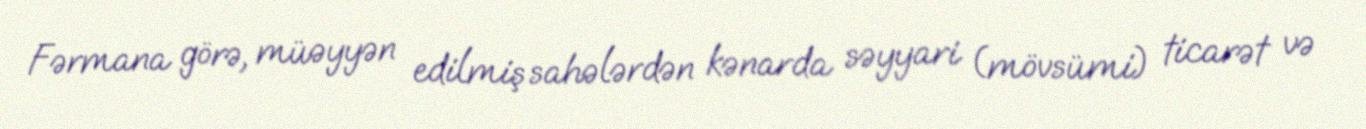
Fərmana görə, müəyyən edilmiş sahələrdən kənarda səyyari (mövsümi) ticarət və